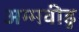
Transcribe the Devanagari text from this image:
अम्मवीडु